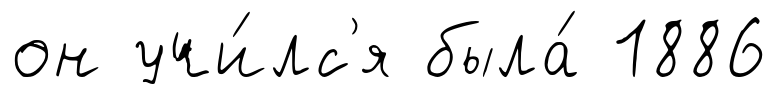
он учи́лс'я была́ 1886